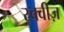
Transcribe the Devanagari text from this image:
स्क्वीज़